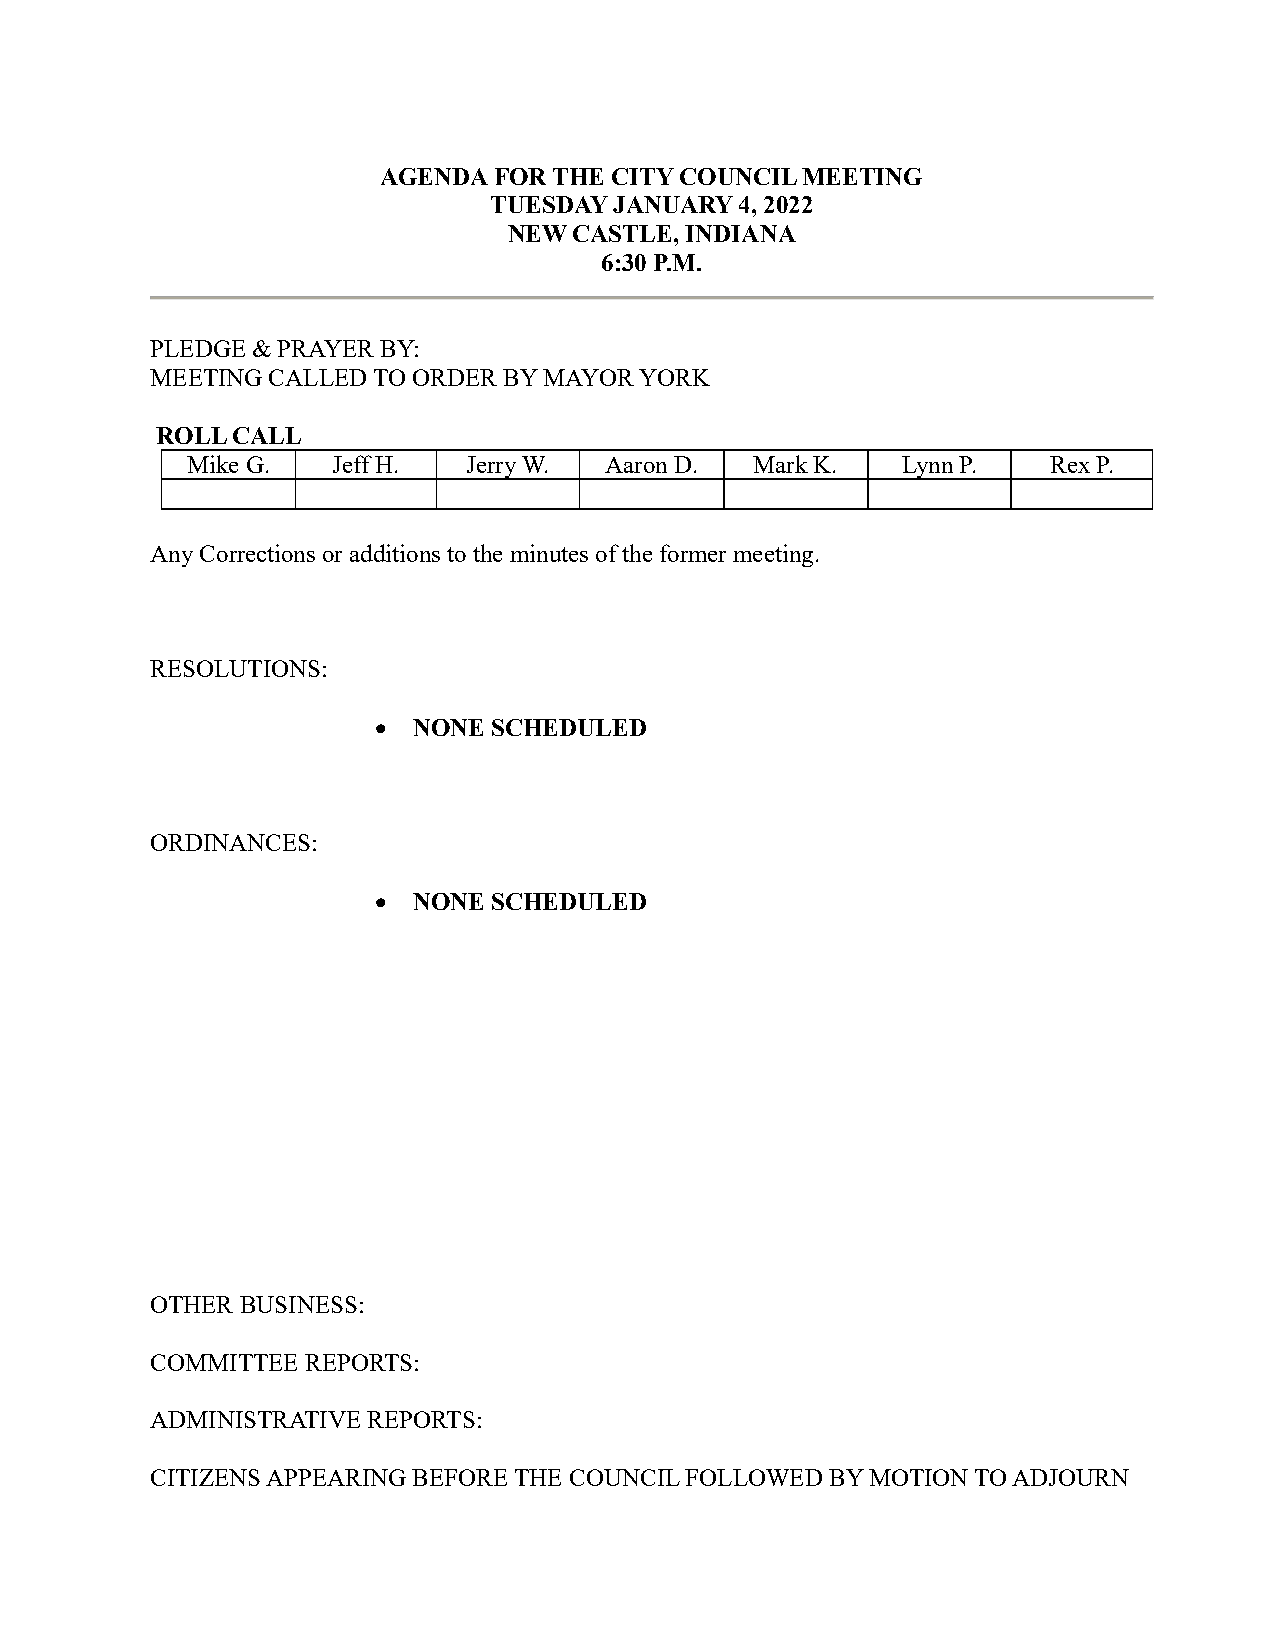
AGENDA  FOR THE CITY COUNCIL MEETING
 TUESDAY  JANUARY 4, 2022
 NEW CASTLE, INDIANA
 6:30 P.M.
 PLEDGE & PRAYER BY:
 MEETING CALLED TO ORDER BY MAYOR YORK
 ROLL CALL
 Mike G.   Jeff H.  Jerry W. Aaron D.  Mark K.   Lynn P.   Rex P.
 Any Corrections or additions to the minutes of the former meeting.
 RESOLUTIONS:
 • NONE  SCHEDULED
 ORDINANCES:
 • NONE  SCHEDULED
 OTHER BUSINESS:
 COMMITTEE REPORTS:
 ADMINISTRATIVE REPORTS:
 CITIZENS APPEARING BEFORE THE COUNCIL FOLLOWED BY MOTION TO ADJOURN